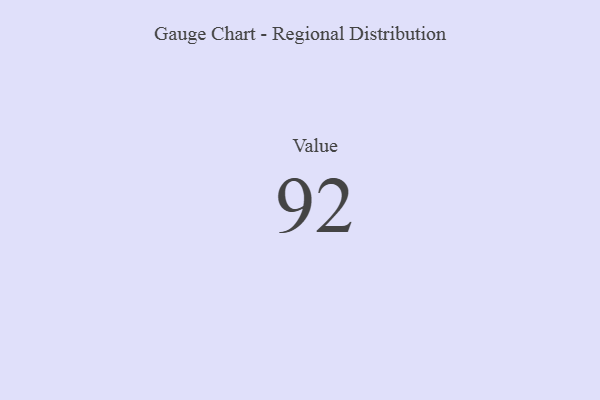
{"axis": {"x": "Metric", "y": "Value"}, "legend": [""], "data": [{"x": "Value", "y": 92, "type": ""}]}